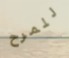
للمرح